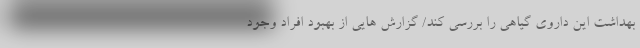
بهداشت این داروی گیاهی را بررسی کند/ گزارش هایی از بهبود افراد وجود